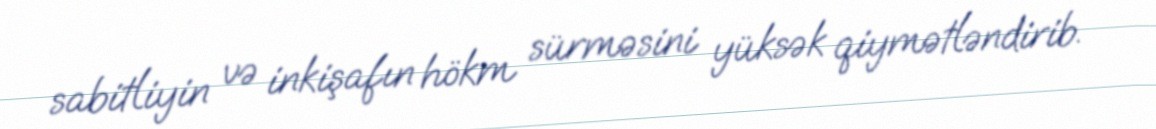
sabitliyin və inkişafın hökm sürməsini yüksək qiymətləndirib.